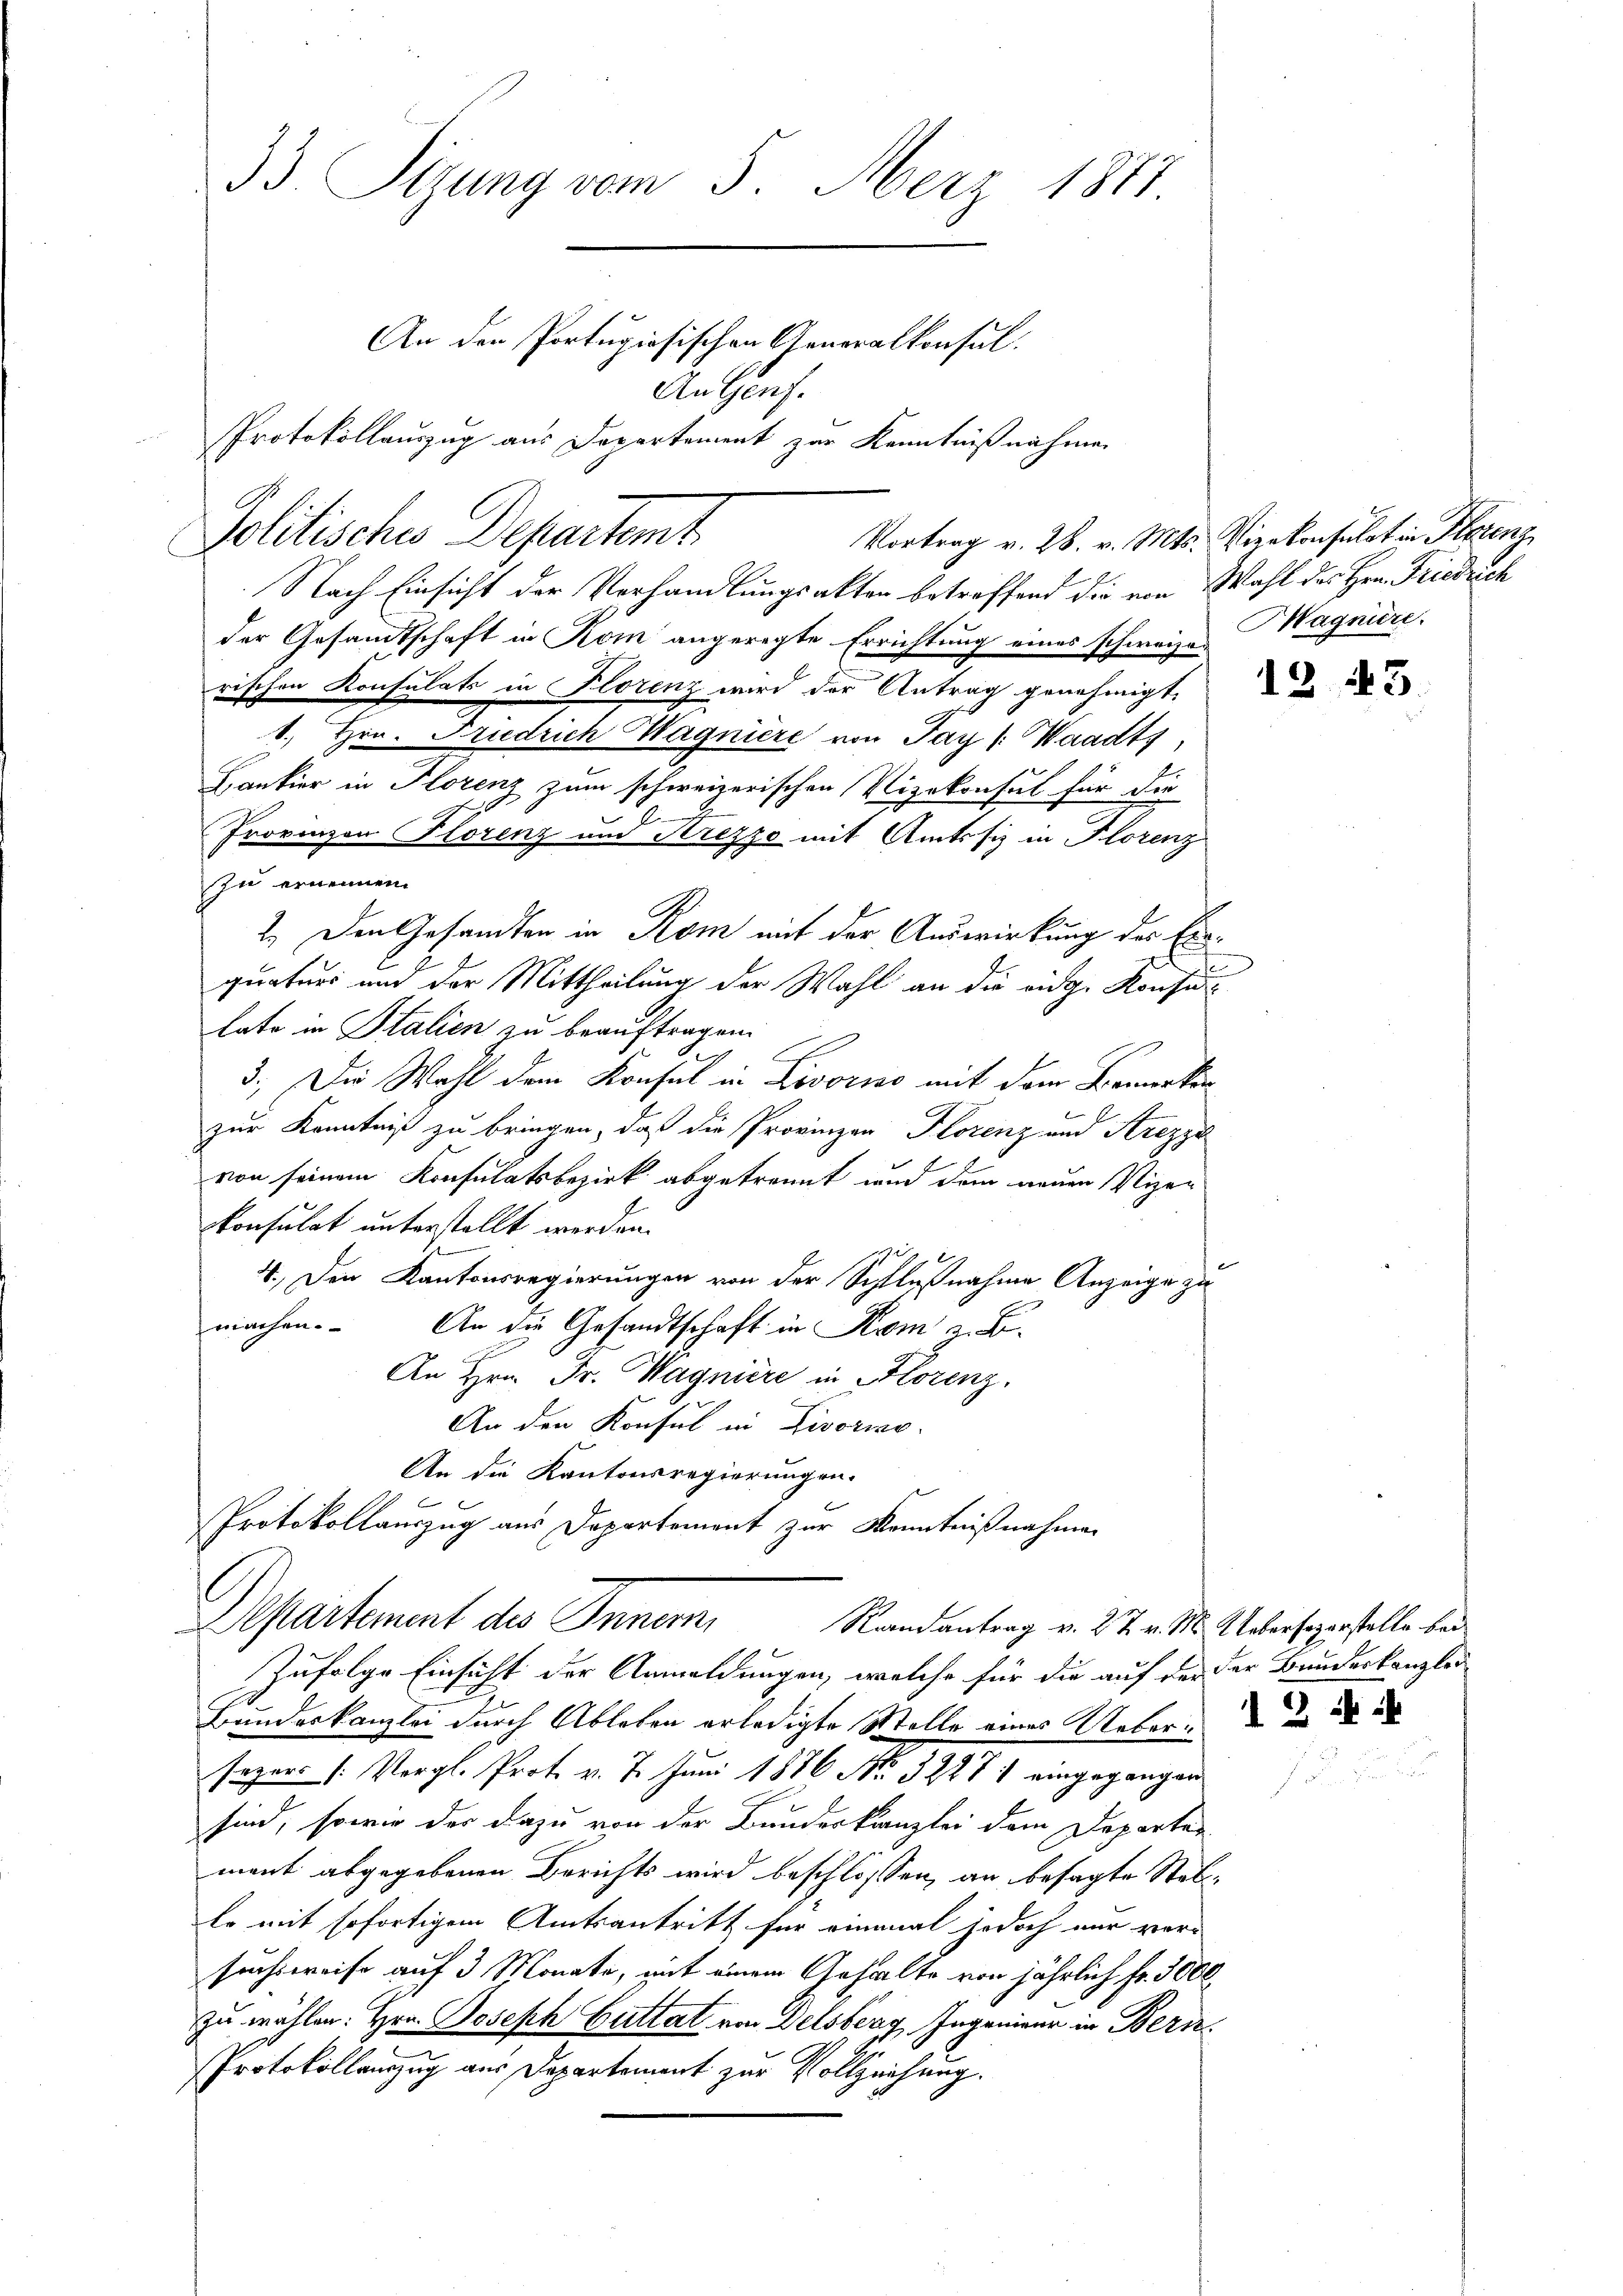
33. Sizung vom 5. März 1881
An den Portugiosischen Generalkonsul
An Genf.
Protokollauszug aus Departement zur Kenntnißnahmen

Politische Departemt.

Nach Einsicht der Vorhandlungsakten betreffend die von Wahl des Hrn. Friedrich
der Gesandtschaft in Kom angeregte Errichtung eines schweizerischen Konsulats in Florenz wird der Antrag genehmigt.
.
1. Hrn. Friedrich Hagnière von Jay (: Waadt,
Lankier in Florenz zum schweizerischen Vizekonsul für die
2
Provinzon Florenz um Krezzo mit Amtssiz in Florenz
zu ernennen.
2. Den Gesandten in Rom mit der Auswirkung des Erquatur und der Mittheilung der Wahl an die eidg. Konsulate in Stalien zu beauftragen.
3. Die Wahl dem Konsul in Livorno mit dem Bemerken
zur Kenntniß zu bringen, daß die Provinzen Florenz und Arezzi
von seinem Konsulatsbezirk abgetrennt und dem neuen Vizer
Konsulat unterstellt werden.
h
4.) Den Kantonsregierungen von der Schlußnahme Anzeige zu
machen. An die Gesandtschaft in Rom z. B.
An Hrn. Fr. Wagniere in Florenz.
An den Konsul in Livorno.
An die Kantonsregierungen.
Protokollauszug aus Departement zur Kenntnißnahmen
Departement des Innern,
Randantrag v. 27. v. M. Uebersezerstelle bei
Zufolge Einsicht der Anmeldungen, welche für die auf der der Bundeskanzlei
Bundeskanzlei durch Ableben erledigte Stelle eines Ueber.
seper [: Vergl. Prot. v. 7. Juni 1886 No. 32271 eingegangen
sind, sowie der dazu von der Bundeskanzlei dem Departen
mant abgegebenen Berichts wird beschlossen, an besagte Stello mit sofortigem Amtsantritt für einmal jedoch nur versuchsweise auf 3 Monate, mit einem Gehalte von jährlich Fr. 3000
zu wählen. Hrn. Joseph Guttat von Delsberg, Ingenieur in Bern
Protokollauszug aus Departement zur Vollziehung.

Vortrag v. 28. v. Mts. Vierkonsulat in Florenz
Magniere.